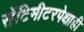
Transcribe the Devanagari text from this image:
सेंटिमीटरपेक्षाही